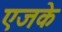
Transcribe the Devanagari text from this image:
एजके